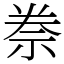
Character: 䄅